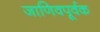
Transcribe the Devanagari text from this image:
जाणिवपूर्वक